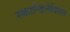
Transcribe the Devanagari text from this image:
स्कान्डिनेवियन